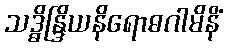
သဒ္ဓိန္ဒြိယနိရောဓဂါမိနိံ